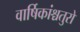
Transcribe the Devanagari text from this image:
वार्षिकांश्चतुरो